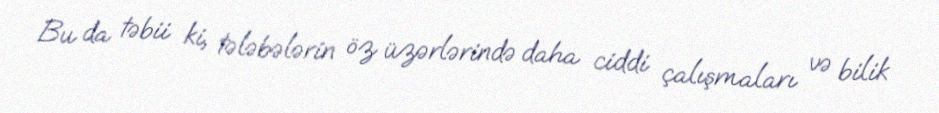
Bu da təbii ki, tələbələrin öz üzərlərində daha ciddi çalışmaları və bilik